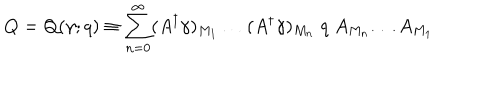
LaTeX: Q = Q ( \gamma ; q ) \equiv \sum _ { n = 0 } ^ { \infty } ( A ^ { \dagger } \gamma ) _ { M _ { 1 } } \ldots ( A ^ { \dagger } \gamma ) _ { M _ { n } } \; q \; A _ { M _ { n } } \ldots A _ { M _ { 1 } }